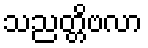
သညတ္တိဗလာ